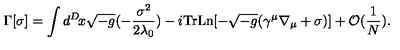
\Gamma [ \sigma ] = \int d ^ { D } \! x \sqrt { - g } ( - \frac { \sigma ^ { 2 } } { 2 \lambda _ { 0 } } ) - i \mathrm { T r } \mathrm { L n } [ - \sqrt { - g } ( \gamma ^ { \mu } \nabla _ { \mu } + \sigma ) ] + { \cal O } ( \frac { 1 } { N } ) .